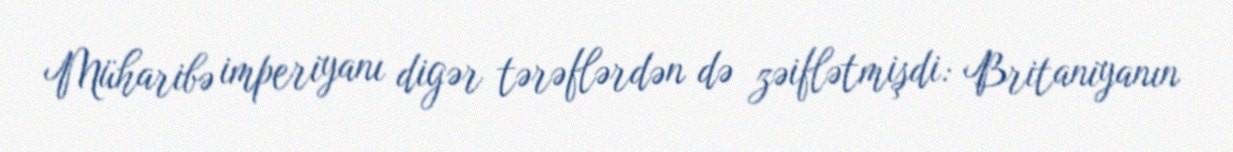
Müharibə imperiyanı digər tərəflərdən də zəiflətmişdi: Britaniyanın